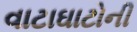
વાટાઘાટોની